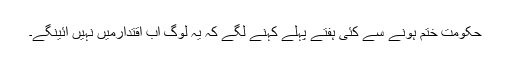
حکومت ختم ہونے سے کئی ہفتے پہلے کہنے لگے کہ یہ لوگ اب اقتدارمیں نہیں آئینگے۔